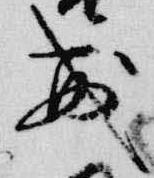
戒